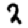
Digit: 2